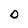
Character: O